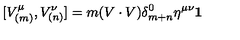
\lbrack V _ { ( m ) } ^ { \mu } , V _ { ( n ) } ^ { \nu } ] = m ( V \cdot V ) \delta _ { m + n } ^ { 0 } \eta ^ { \mu \nu } \mathbf { 1 }